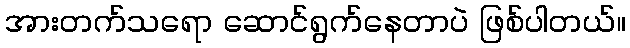
အားတက်သရော ဆောင်ရွက်နေတာပဲ ဖြစ်ပါတယ်။